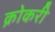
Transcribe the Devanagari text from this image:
क्रोकरी